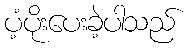
ပံ့ပိုးပေးခဲ့ပါသည်